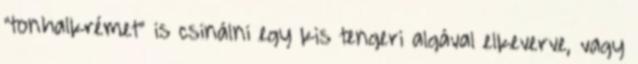
"tonhalkrémet" is csinálni egy kis tengeri algával elkeverve, vagy